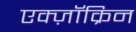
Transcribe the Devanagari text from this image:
एक्ज़ॉक्रिन